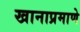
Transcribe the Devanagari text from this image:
खानाप्रमाणे